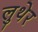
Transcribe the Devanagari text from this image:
लुथेर